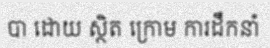
បា ដោយ ស្ថិត ក្រោម ការដឹកនាំ